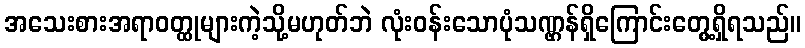
အသေးစားအရာဝတ္ထုများကဲ့သို့မဟုတ်ဘဲ လုံးဝန်းသောပုံသဏ္ဌန်ရှိကြောင်းတွေ့ရှိရသည်။